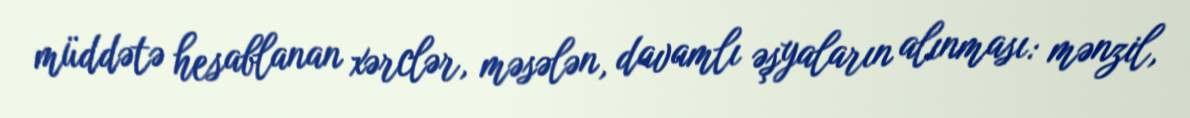
müddətə hesablanan xərclər, məsələn, davamlı əşyaların alınması: mənzil,